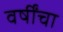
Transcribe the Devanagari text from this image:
वर्षींचा